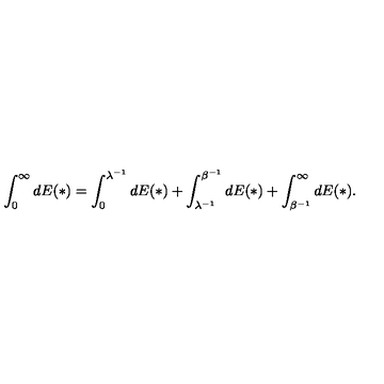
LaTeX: \int _ { 0 } ^ { \infty } d E ( * ) = \int _ { 0 } ^ { \lambda ^ { - 1 } } d E ( * ) + \int _ { \lambda ^ { - 1 } } ^ { \beta ^ { - 1 } } d E ( * ) + \int _ { \beta ^ { - 1 } } ^ { \infty } d E ( * ) .